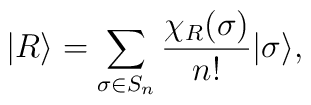
| R \rangle =  \sum_{\sigma\in S_n}\frac{\chi_{R}(\sigma)}{n!}| \sigma \rangle,